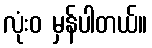
လုံးဝ မှန်ပါတယ်။